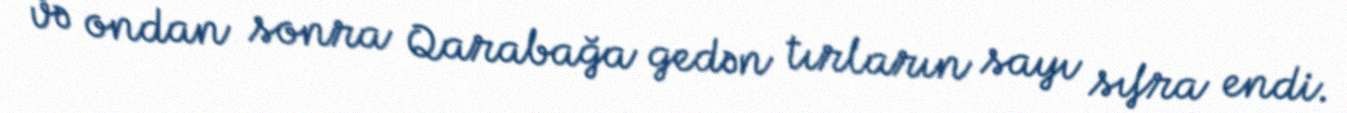
və ondan sonra Qarabağa gedən tırların sayı sıfra endi.